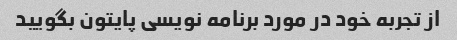
از تجربه خود در مورد برنامه نویسی پایتون بگویید